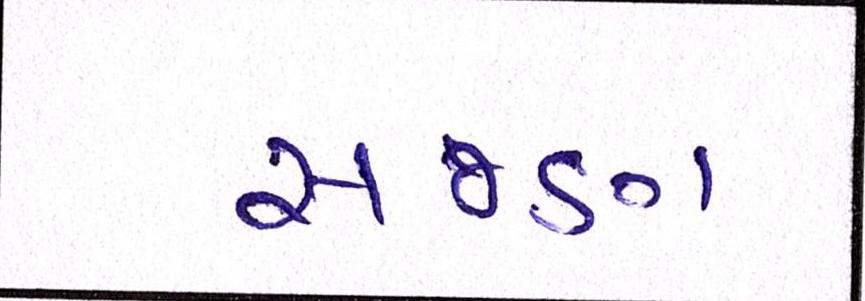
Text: સજણ